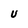
Character: U